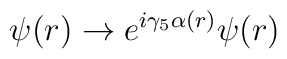
\psi(r) \to e^{i\gamma_5 \alpha(r)} \psi(r)